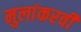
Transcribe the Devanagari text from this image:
मुलांकरवी